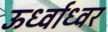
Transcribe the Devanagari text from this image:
ऊर्ध्वाध्वर